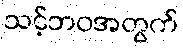
သင့်ဘဝအတွက်